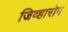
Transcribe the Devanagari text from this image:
जिव्हारोग